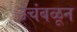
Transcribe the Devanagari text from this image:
उचंबळून